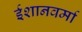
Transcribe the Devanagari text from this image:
ईशानवर्मा